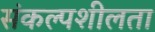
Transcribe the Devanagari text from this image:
संकल्पशीलता